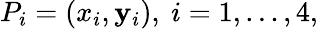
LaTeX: P_{i}=(x_{i},\mathbf{y}_{i}),\ i=1,\ldots,4,